Insane asylums Bombay 1873-77 - 1873-1877
Year: 1873
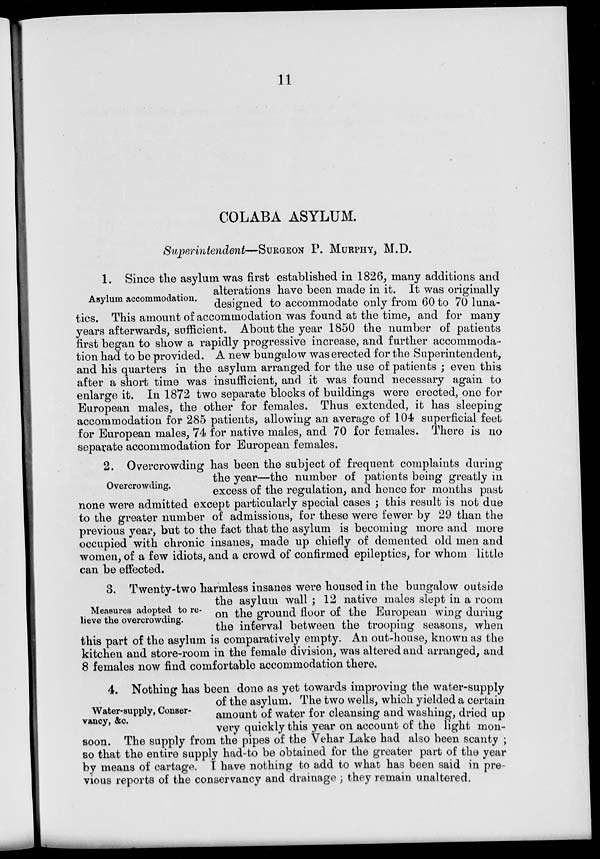
11
COLABA ASYLUM.
Superintendent—SURGEON P. MURPHY, M.D.
Asylum accommodation.
1. Since the asylum was first established in 1826, many additions and
alterations have been made in it. It was originally
designed to accommodate only from 60 to 70 luna-
tics. This amount of accommodation was found at the time, and for many
years afterwards, sufficient. About the year 1850 the number of patients
first began to show a rapidly progressive increase, and further accommoda-
tion had to be provided. A new bungalow was erected for the Superintendent,
and his quarters in the asylum arranged for the use of patients ; even this
after a short time was insufficient, and it was found necessary again to
enlarge it. In 1872 two separate blocks of buildings were erected, one for
European males, the other for females. Thus extended, it has sleeping
accommodation for 285 patients, allowing an average of 104 superficial feet
for European males, 74 for native males, and 70 for females. There is no
separate accommodation for European females.
Overcrowding.
2. Overcrowding has been the subject of frequent complaints during
the year—the number of patients being greatly in
excess of the regulation, and hence for months past
none were admitted except particularly special cases ; this result is not due
to the greater number of admissions, for these were fewer by 29 than the
previous year, but to the fact that the asylum is becoming more and more
occupied with chronic insanes, made up chiefly of demented old men and
women, of a few idiots, and a crowd of confirmed epileptics, for whom little
can be effected.
Measures adopted to re-
lieve the overcrowding.
3. Twenty-two harmless insanes were housed in the bungalow outside
the asylum wall ; 12 native males slept in a room
on the ground floor of the European wing during
the interval between the trooping seasons, when
this part of the asylum is comparatively empty. An out-house, known as the
kitchen and store-room in the female division, was altered and arranged, and
8 females now find comfortable accommodation there.
Water-supply, Conser-
vancy, &c.
4. Nothing has been done as yet towards improving the water-supply
of the asylum. The two wells, which yielded a certain
amount of water for cleansing and washing, dried up
very quickly this year on account of the light mon-
soon. The supply from the pipes of the Vehar Lake had also been scanty ;
so that the entire supply had-to be obtained for the greater part of the year
by means of cartage. I have nothing to add to what has been said in pre-
vious reports of the conservancy and drainage ; they remain unaltered.